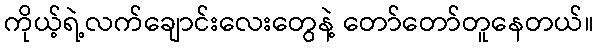
ကိုယ့်ရဲ့လက်ချောင်းလေးတွေနဲ့ တော်တော်တူနေတယ်။